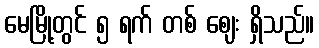
မေမြို့တွင် ၅ ရက် တစ် ဈေး ရှိသည်။